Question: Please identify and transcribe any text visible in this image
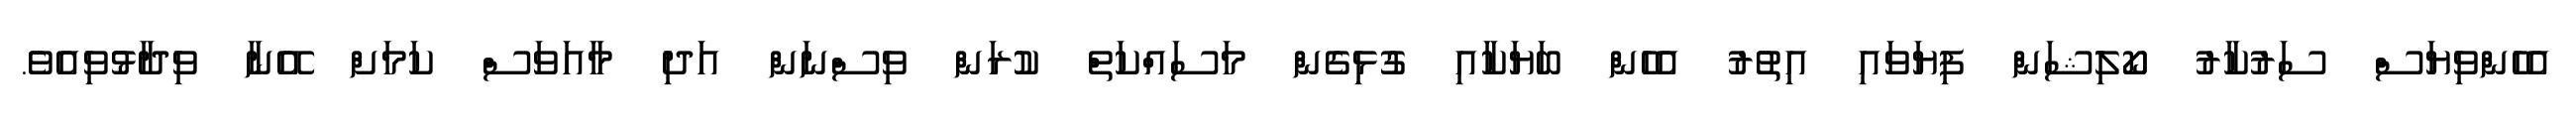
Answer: އެހެންވިޔަސް ސަރުކާރު ކޯލިޝަން ފިޔަވައި އިތުރު އެހެން ބަޔަކާއި ގުޅިގެން މަސައްކަތް ކުރަން ވިސްނަން އަދި މާއަވަސް ކަމަށް އޭނާ ވިދާޅުވިއެވެ.